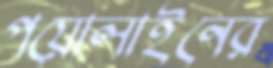
পয়োলাইনের